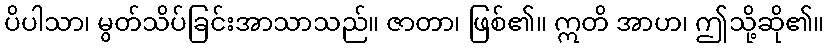
ပိပါသာ၊ မွတ်သိပ်ခြင်းအာသာသည်။ ဇာတာ၊ ဖြစ်၏။ ဣတိ အာဟ၊ ဤသို့ဆို၏။